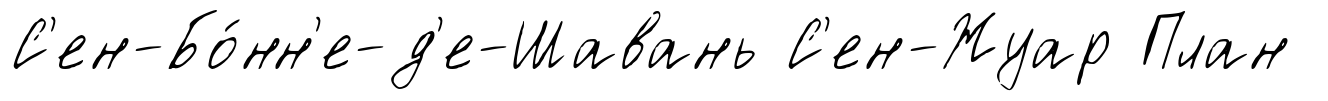
С'ен-Бо́нн'е-д'е-Шавань С'ен-Жуар План